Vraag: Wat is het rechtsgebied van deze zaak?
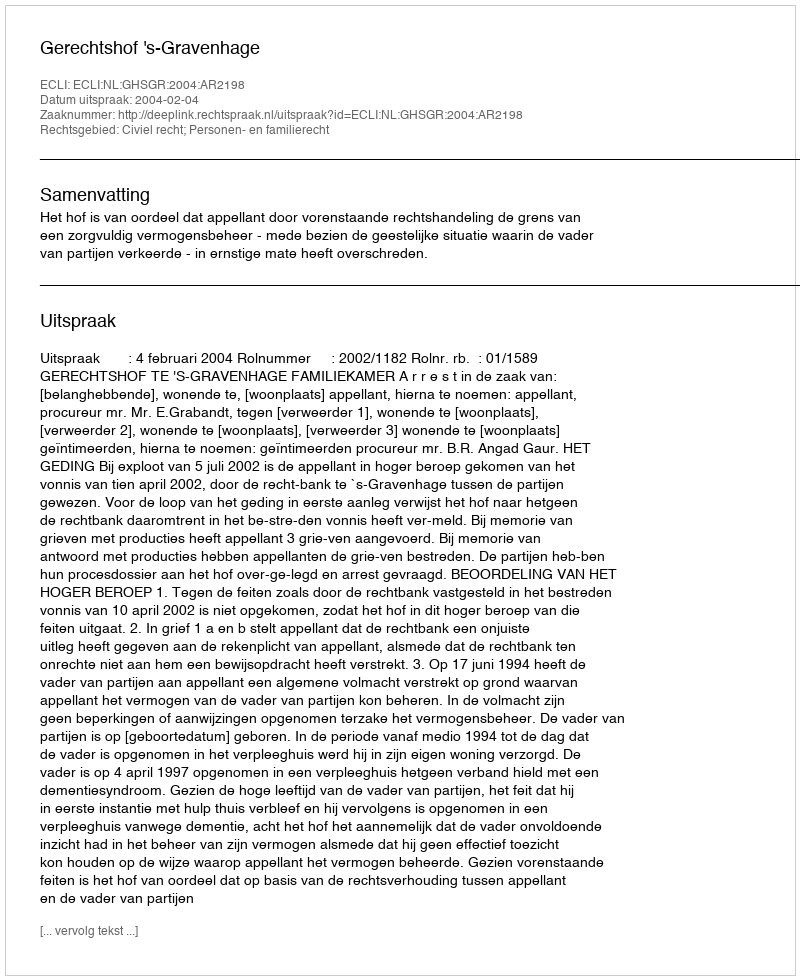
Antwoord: Civiel recht; Personen- en familierecht